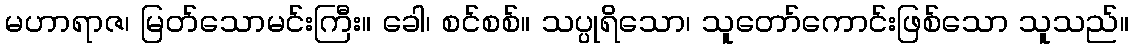
မဟာရာဇ၊ မြတ်သောမင်းကြီး။ ခေါ၊ စင်စစ်။ သပ္ပုရိသော၊ သူတော်ကောင်းဖြစ်သော သူသည်။